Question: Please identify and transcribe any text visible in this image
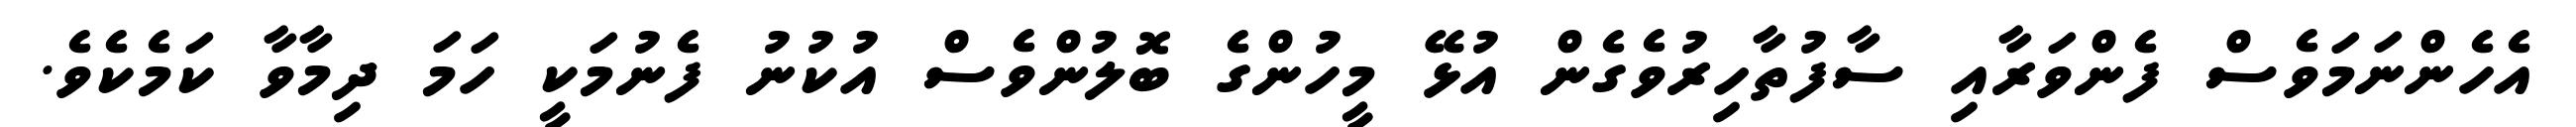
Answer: އެހެންނަމަވެސް ފެންވަރާއި ސާފުތާހިރުވެގެން އުޅޭ މީހުންގެ ބޮލުންވެސް އުކުނު ފެނުމަކީ ހަމަ ދިމާވާ ކަމެކެވެ.